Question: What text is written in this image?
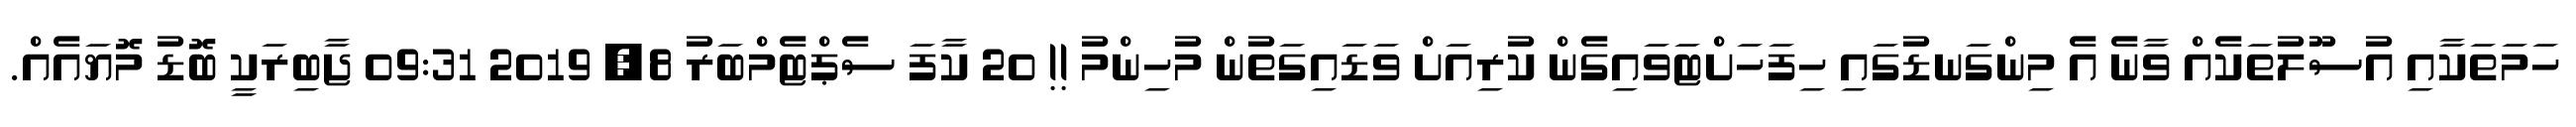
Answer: ހަމަތަކާއި އުސޫލުތަކެއް ވާނެ އެ މިންގަނޑުގައި ހިފަހަށްޓަވައިގެން ކުރިއަށް ވަޑައިގަތުން މުހިންމު !! 20 ކާފަ ސެޕްޓެމްބަރު 8, 2019 09:31 ޖާބިރަކީ ބޮޑު މޮޔައެއް.